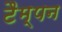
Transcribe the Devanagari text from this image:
टैम्पन